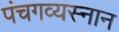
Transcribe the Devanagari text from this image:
पंचगव्यस्नान